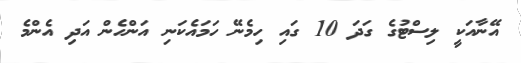
އޭނާއަކީ ލިސްޓުގެ ގަދަ 10 ގައި ހިމެނޭ ހަމައެކަނި އަންހެން އަދި އެންމެ